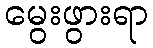
မွေးဖွားရာ